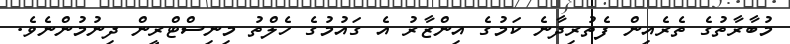
މުބާރާތުގެ ތެރެއިން ފެތުރިދާނެ ކަމުގެ އިންޒާރު އެ ގައުމުގެ ހެލްތު މިނިސްޓްރީން ދިނުމުންނެވެ.